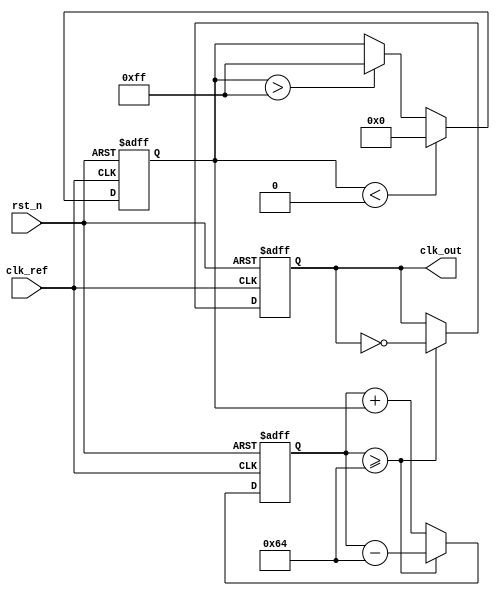
module PLL (
    input wire clk_ref,          // Reference clock input
    input wire rst_n,           // Active low reset
    output reg clk_out          // Output clock
);

    // Parameter Definitions
    parameter integer VCO_MAX_FREQ = 100; // Maximum frequency of VCO
    parameter integer VCO_MIN_FREQ = 10;   // Minimum frequency of VCO
    parameter integer VCO_SLOPE = VCO_MAX_FREQ - VCO_MIN_FREQ; // VCO frequency range
    parameter integer COUNTER_MAX = 100;   // For simulation purpose

    // Internal Signals
    reg [7:0] phase_error;         // Phase error signal
    reg [7:0] control_voltage;      // Control voltage output from the loop filter
    reg [7:0] vco_counter;          // Counter for VCO to generate clk_out

    // Phase Detector: Simple XOR for phase comparison
    always @ (posedge clk_ref or negedge rst_n) begin
        if (!rst_n) begin
            // Reset Phase Error
            phase_error <= 0;
        end else begin
            // Simulating the phase comparison logic (this is basic)
            phase_error <= (clk_ref ^ clk_out) ? 1 : 0; // XOR phase detection
        end
    end

    // Loop Filter: Simple Proportional Integrator (for illustration)
    always @ (posedge clk_ref or negedge rst_n) begin
        if (!rst_n) begin
            control_voltage <= 0;
        end else begin
            // This is a very basic example of control voltage adjustment
            control_voltage <= control_voltage + phase_error; // Integrating error
            control_voltage <= (control_voltage < 0) ? 0 : (control_voltage > 255 ? 255 : control_voltage); // Clamp
        end
    end

    // Voltage-Controlled Oscillator Simulation
    always @ (posedge clk_ref or negedge rst_n) begin
        if (!rst_n) begin
            vco_counter <= 0;
            clk_out <= 0;
        end else begin
            // Adjust the frequency based on control voltage
            vco_counter <= vco_counter + control_voltage;

            if (vco_counter >= COUNTER_MAX) begin
                clk_out <= ~clk_out; // Toggle clock output
                vco_counter <= vco_counter - COUNTER_MAX; // Reset counter
            end
        end
    end

endmodule